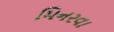
મિનરવા